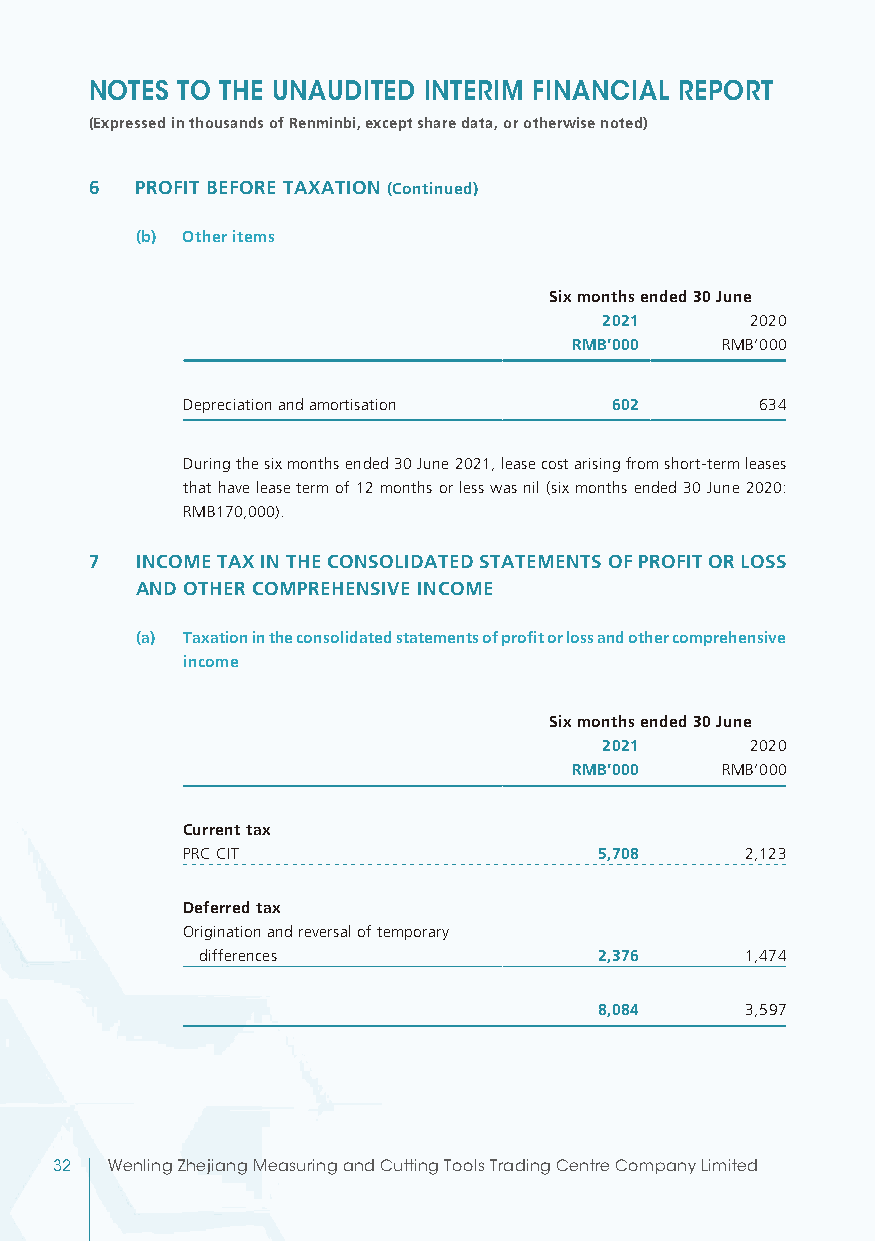
NOTES TO THE UNAUDITED INTERIM FINANCIAL REPORT
 (Expressed in thousands of Renminbi, except share data, or otherwise noted)
 6  PROFIT BEFORE TAXATION (Continued)
 (b) Other items
 Six months ended 30 June
 2021      2020
 RMB’000   RMB’000
 Depreciation and amortisation 602     634
 During the six months ended 30 June 2021, lease cost arising from short-term leases
 that have lease term of 12 months or less was nil (six months ended 30 June 2020:
 RMB170,000).
 7  INCOME TAX IN THE CONSOLIDATED STATEMENTS OF PROFIT OR LOSS
 AND OTHER COMPREHENSIVE INCOME
 (a) Taxation in the consolidated statements of profit or loss and other comprehensive
 income
 Six months ended 30 June
 2021      2020
 RMB’000   RMB’000
 Current tax
 PRC CIT                     5,708    2,123
 Deferred tax
 Origination and reversal of temporary
 differences                2,376    1,474
 8,084    3,597
 32  Wenling Zhejiang Measuring and Cutting Tools Trading Centre Company Limited